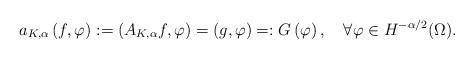
LaTeX: \begin{align*}a_{K,\alpha}\left( f,\varphi\right) :=\left( A_{K,\alpha}f,\varphi\right)=(g,\varphi)=:G\left( \varphi\right) ,\quad\forall\varphi\in H^{-\alpha/2}(\Omega). \end{align*}